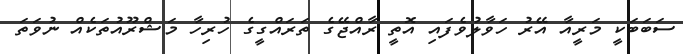
ސަބަބަކީ މަރީއާ އޭރު ހަވާލުވެފައި އޮތީ ރާއްޖޭގެ ތަރައްގީގެ ހުރިހާ މަޝްރޫއުތަކެއް ނުވަތަ